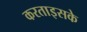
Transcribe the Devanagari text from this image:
करताइसके